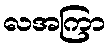
လအကြာ